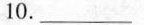
10.___